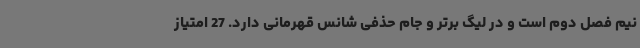
نیم فصل دوم است و در لیگ برتر و جام حذفی شانس قهرمانی دارد. 27 امتیاز